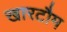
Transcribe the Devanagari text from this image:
खारटौम